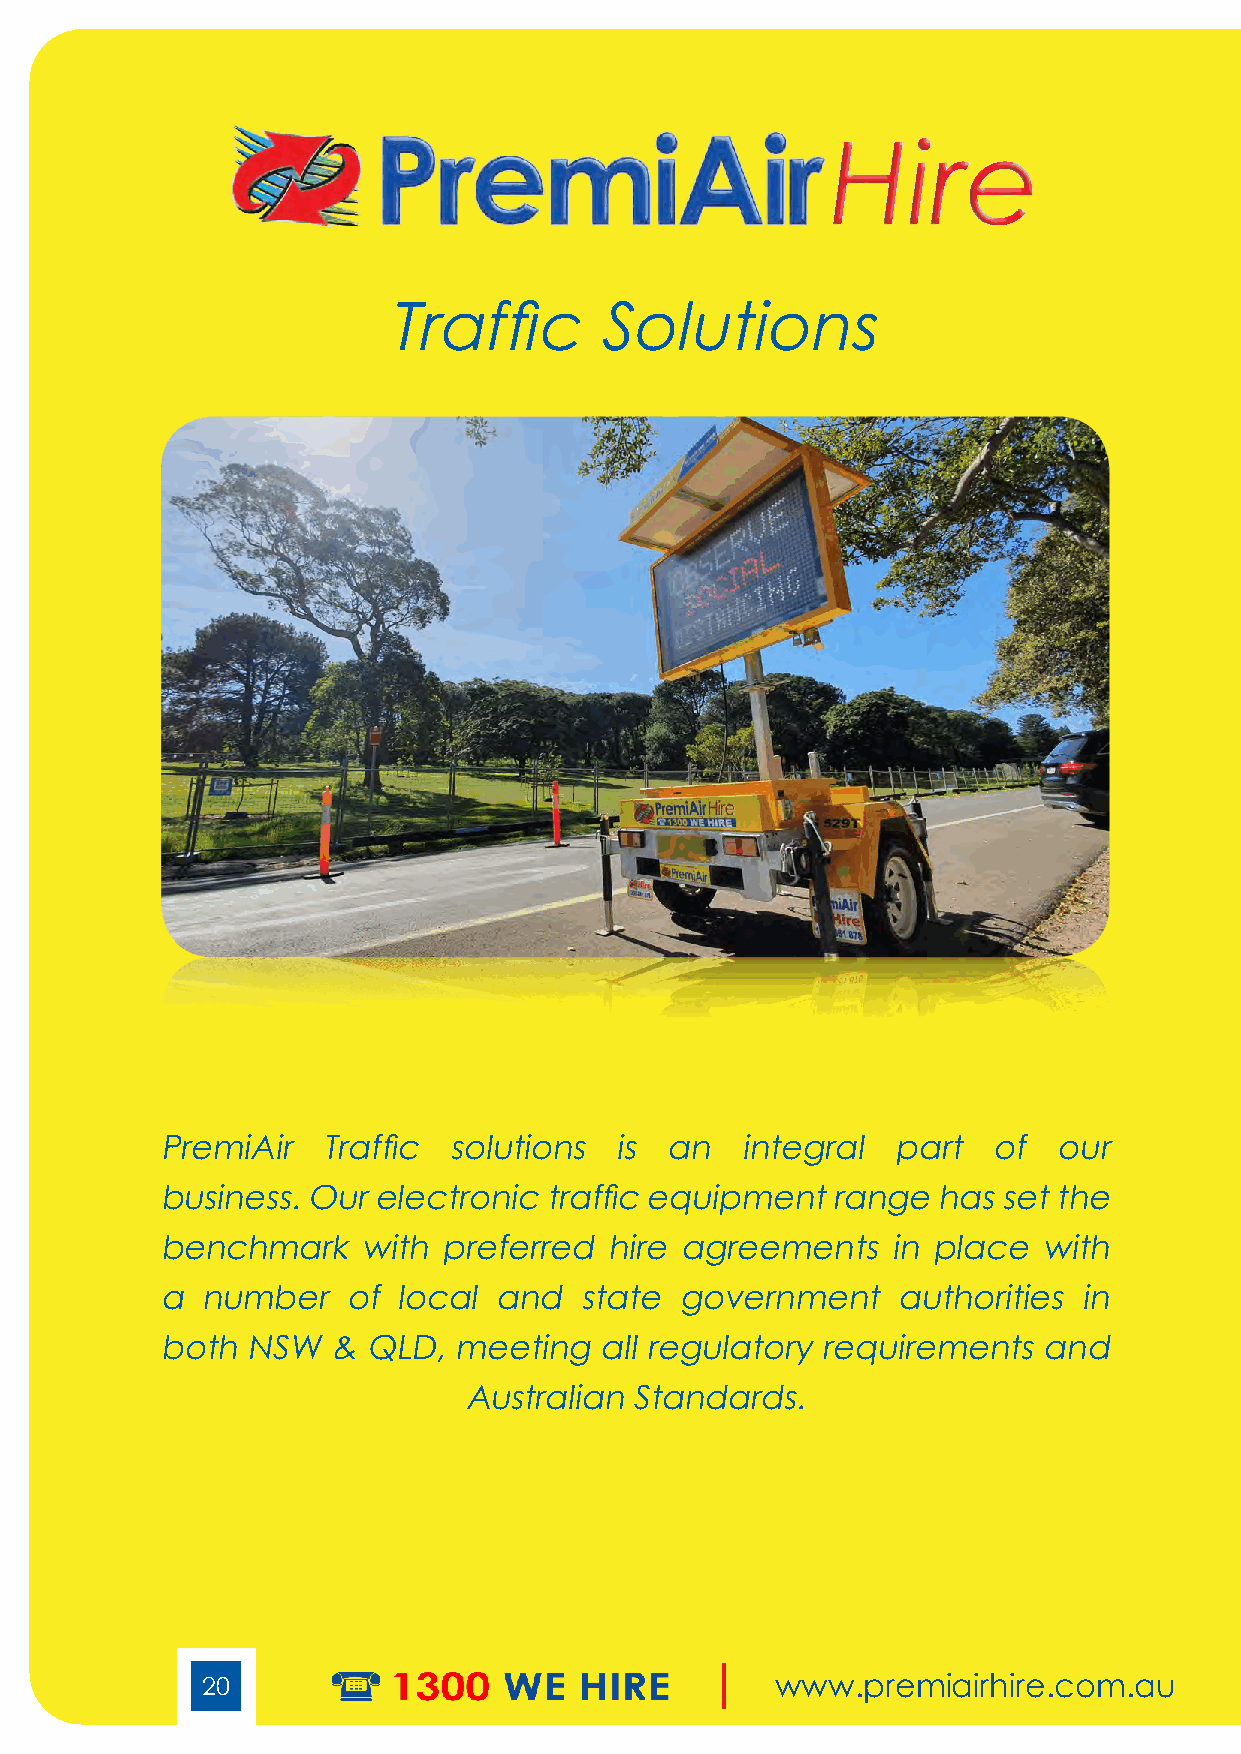
Hire
 Traffic       S olutions
 PremiAir  Traffic  solutions  is an   integral  part   of  our
 business. Our electronic traffic equipment  range  has set the
 benchmark    with preferred  hire agreements    in place  with
 a number    of local  and  state  government    authorities  in
 both NSW   & QLD,  meeting   all regulatory requirements  and
 Australian Standards.
 20                                    www.premiairhire.com.au